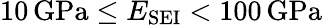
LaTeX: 10\, \mathrm{GPa}\leq E_{\mathrm{SEI}}<100\, \mathrm{GPa}